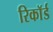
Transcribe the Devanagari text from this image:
रिकाॅर्ड